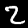
Label: 2